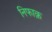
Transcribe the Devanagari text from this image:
निफाक़